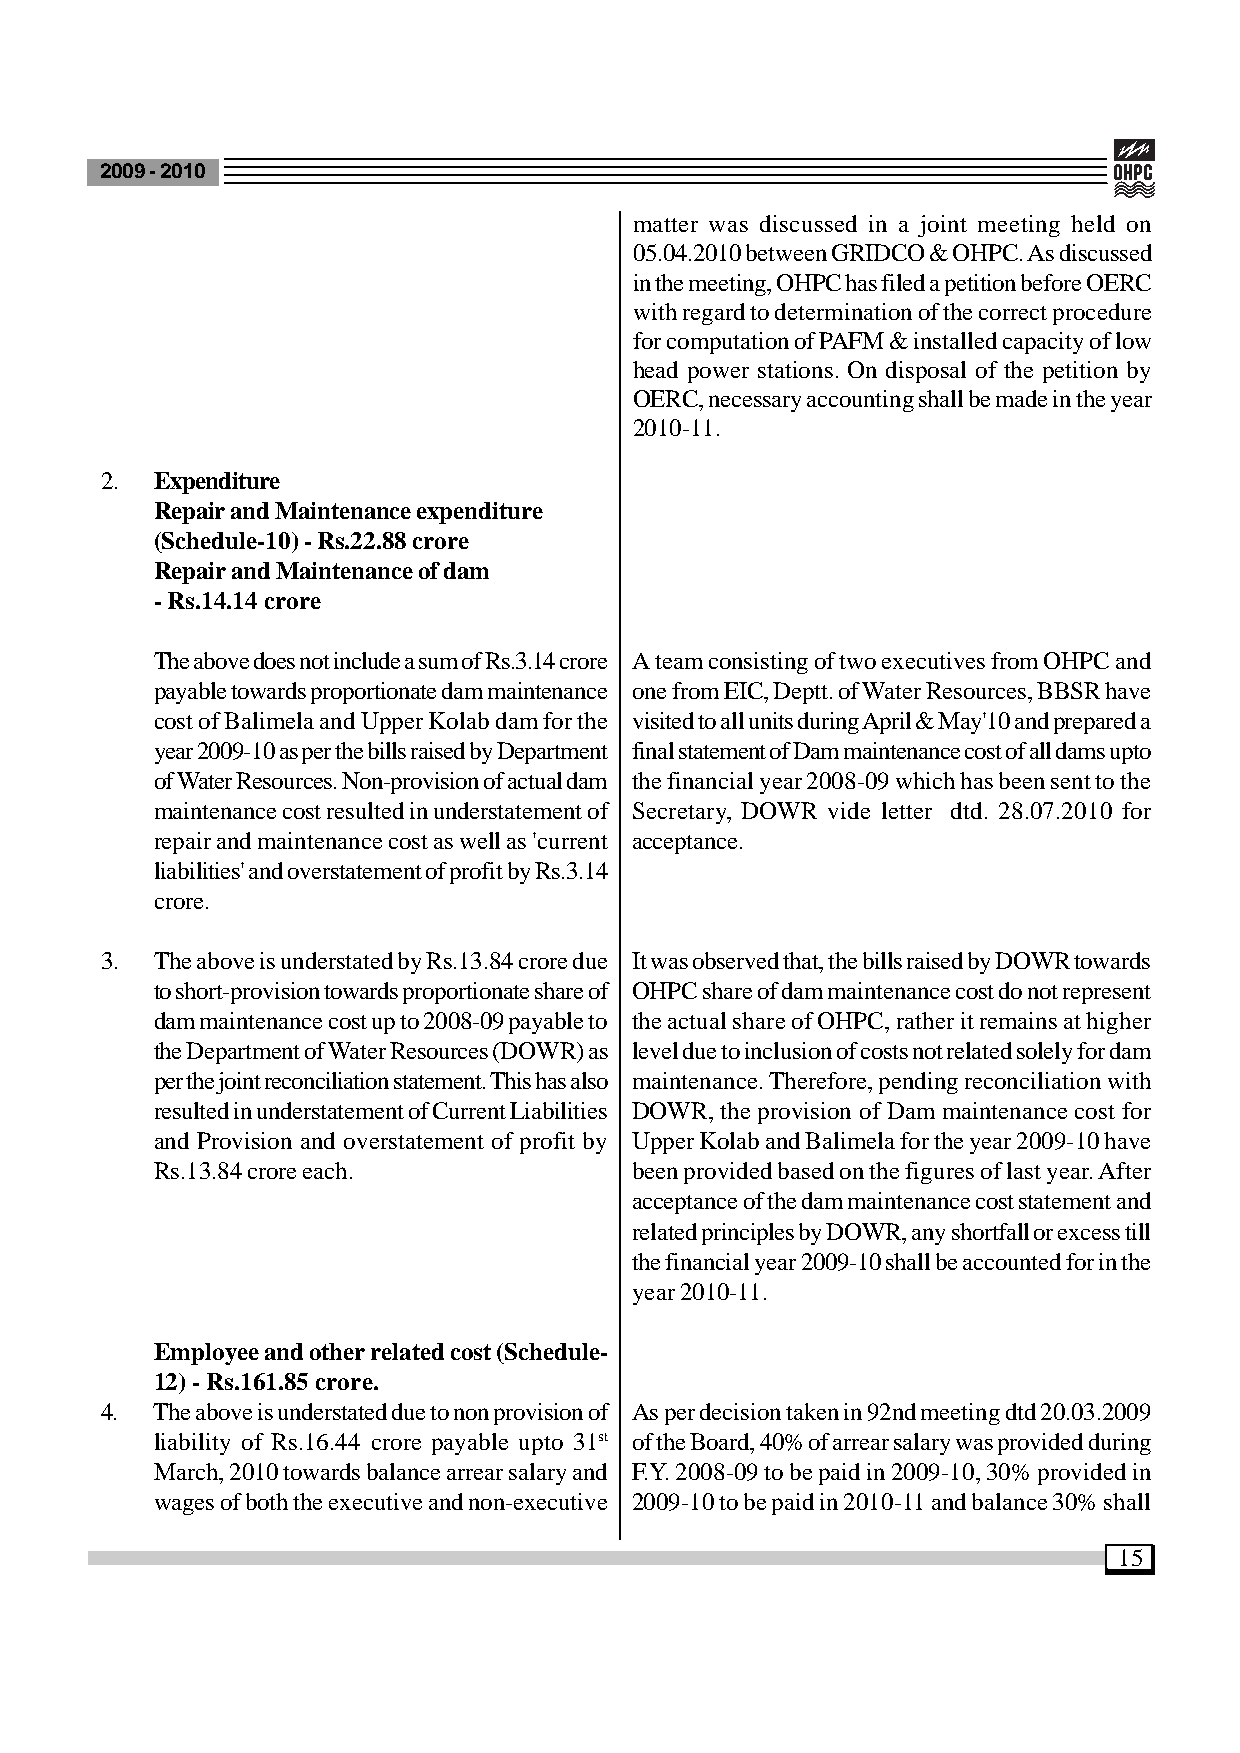
2009 - 2010
 matter was discussed in a joint meeting held on
 05.04.2010 between GRIDCO & OHPC. As discussed
 in the meeting, OHPC has filed a petition before OERC
 with regard to determination of the correct procedure
 for computation of PAFM & installed capacity of low
 head power stations. On disposal of the petition by
 OERC, necessary accounting shall be made in the year
 2010-11.
 2. Expenditure
 Repair and Maintenance expenditure
 (Schedule-10) - Rs.22.88 crore
 Repair and Maintenance of dam
 - Rs.14.14 crore
 The above does not include a sum of Rs.3.14 crore A team consisting of two executives from OHPC and
 payable towards proportionate dam maintenance one from EIC, Deptt. of Water Resources, BBSR have
 cost of Balimela and Upper Kolab dam for the visited to all units during April & May'10 and prepared a
 year 2009-10 as per the bills raised by Department final statement of Dam maintenance cost of all dams upto
 of Water Resources. Non-provision of actual dam the financial year 2008-09 which has been sent to the
 maintenance cost resulted in understatement of Secretary, DOWR vide letter dtd. 28.07.2010 for
 repair and maintenance cost as well as 'current acceptance.
 liabilities' and overstatement of profit by Rs.3.14
 crore.
 3. The above is understated by Rs.13.84 crore due It was observed that, the bills raised by DOWR towards
 to short-provision towards proportionate share of OHPC share of dam maintenance cost do not represent
 dam maintenance cost up to 2008-09 payable to the actual share of OHPC, rather it remains at higher
 the Department of Water Resources (DOWR) as level due to inclusion of costs not related solely for dam
 per the joint reconciliation statement. This has also maintenance. Therefore, pending reconciliation with
 resulted in understatement of Current Liabilities DOWR, the provision of Dam maintenance cost for
 and Provision and overstatement of profit by Upper Kolab and Balimela for the year 2009-10 have
 Rs.13.84 crore each.            been provided based on the figures of last year. After
 acceptance of the dam maintenance cost statement and
 related principles by DOWR, any shortfall or excess till
 the financial year 2009-10 shall be accounted for in the
 year 2010-11.
 Employee and other related cost (Schedule-
 12) - Rs.161.85 crore.
 4. The above is understated due to non provision of As per decision taken in 92nd meeting dtd 20.03.2009
 liability of Rs.16.44 crore payable upto 31st of the Board, 40% of arrear salary was provided during
 March, 2010 towards balance arrear salary and F.Y. 2008-09 to be paid in 2009-10, 30% provided in
 wages of both the executive and non-executive 2009-10 to be paid in 2010-11 and balance 30% shall
 15